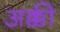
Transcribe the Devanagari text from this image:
अक्की